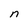
Character: n